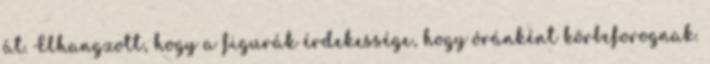
át. Elhangzott, hogy a figurák érdekessége, hogy óránként körbeforognak.